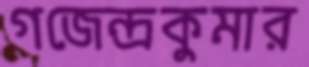
গজেন্দ্রকুমার